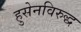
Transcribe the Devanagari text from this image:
हुसेनविरुद्ध